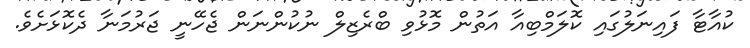
ކުއާޓާ ފައިނަލުގައި ކޮލަމްބިއާ އަތުން މޮޅުވި ބްރެޒިލް ނުކުންނަން ޖެހޭނީ ޖަރުމަނާ ދެކޮޅަށެވެ.